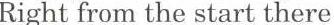
Right from the start there